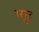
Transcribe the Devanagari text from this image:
मढ़़